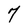
Character: 7